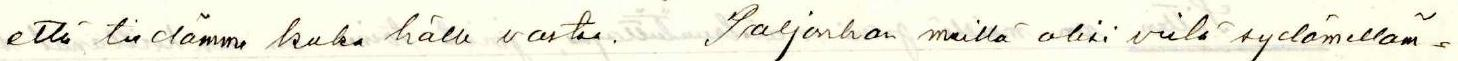
että tiedämme kuka hälle vastaa. Paljonhan meillä olisi vielä sydämelläm=